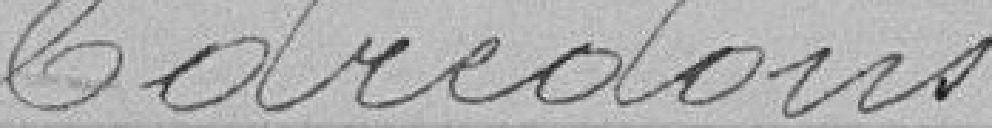
Edredons